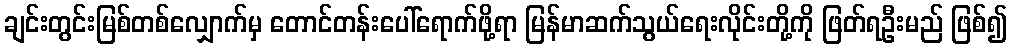
ချင်းတွင်းမြစ်တစ်လျှောက်မှ တောင်တန်းပေါ်ရောက်ဖို့ရာ မြန်မာဆက်သွယ်ရေးလိုင်းတို့ကို ဖြတ်ရဦးမည် ဖြစ်၍